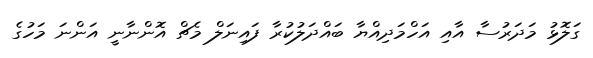
ގަލޮޅު މަދަރުސާ އާއި އަހްމަދިއްޔާ ބައްދަލުކުރާ ފައިނަލް މެޗް އޮންނާނީ އަންނަ މަހުގެ